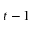
t - 1